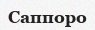
Саппоро